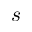
s